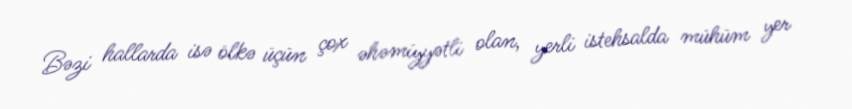
Bəzi hallarda isə ölkə üçün çox əhəmiyyətli olan, yerli istehsalda mühüm yer